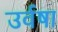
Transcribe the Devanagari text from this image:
उर्वषा